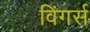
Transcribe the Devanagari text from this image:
विंगर्स